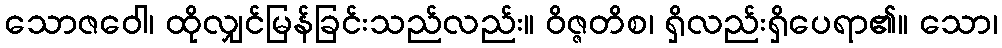
သောဇဝေါ၊ ထိုလျှင်မြန်ခြင်းသည်လည်း။ ဝိဇ္ဇတိစ၊ ရှိလည်းရှိပေရာ၏။ သော၊